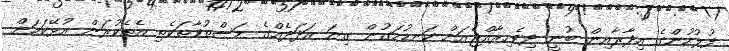
ފުލުހުންގެ އިދާރާއިން ބުނީ ދިވެހިރާއްޖެއަށް ކަނޑުމަގުން ގިނަ އަދަދެއްގެ މަސްތުވާތަކެތި އެތެކުރަން އުޅޭކަމަށް